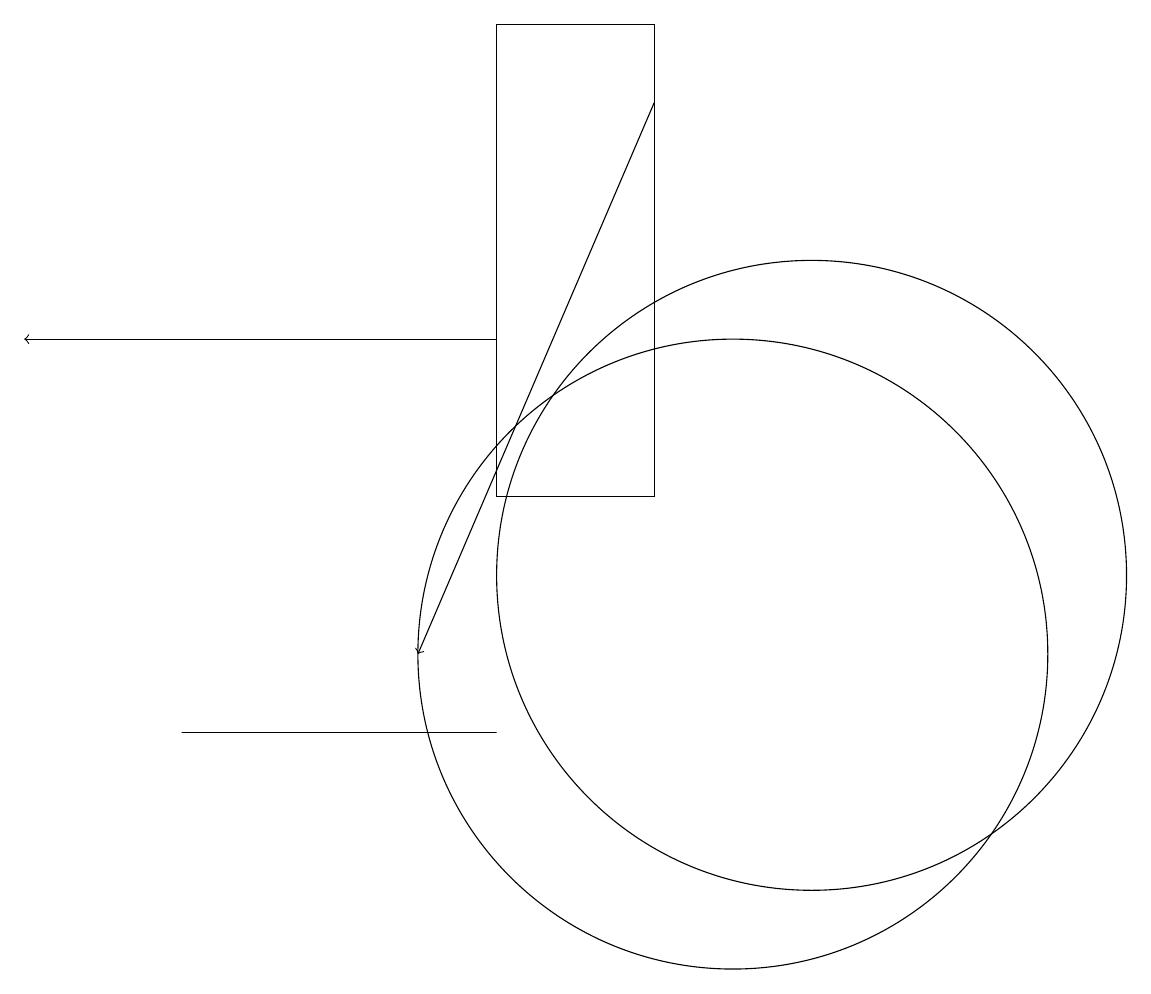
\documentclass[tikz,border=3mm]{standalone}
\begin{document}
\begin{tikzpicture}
\draw (7,18) rectangle (9,12);
\draw (10,10) circle (4);
\draw (11,11) circle (4);
\draw[->] (7,14) -- (1,14);
\draw[->] (9,17) -- (6,10);
\draw (7,9) -- (5,9) -- (3,9) -- cycle;
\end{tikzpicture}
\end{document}